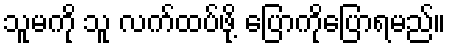
သူမကို သူ လက်ထပ်ဖို့ ပြောကိုပြောရမည်။